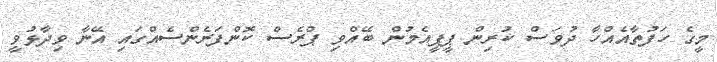
މީގެ ހަފުތާއެއްހާ ދުވަސް ކުރިން ޕީޕީއެމުން ބޭއްވި ޕްރެސް ކޮންފަރެންސެއްގައި އޭނާ ވިދާޅުވީ